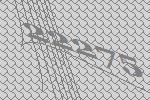
22275